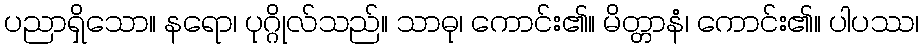
ပညာရှိသော။ နရော၊ ပုဂ္ဂိုလ်သည်။ သာဓု၊ ကောင်း၏။ မိတ္တာနံ၊ ကောင်း၏။ ပါပဿ၊